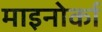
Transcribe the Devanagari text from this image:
माइनोर्का